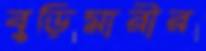
বুড়িমারীর